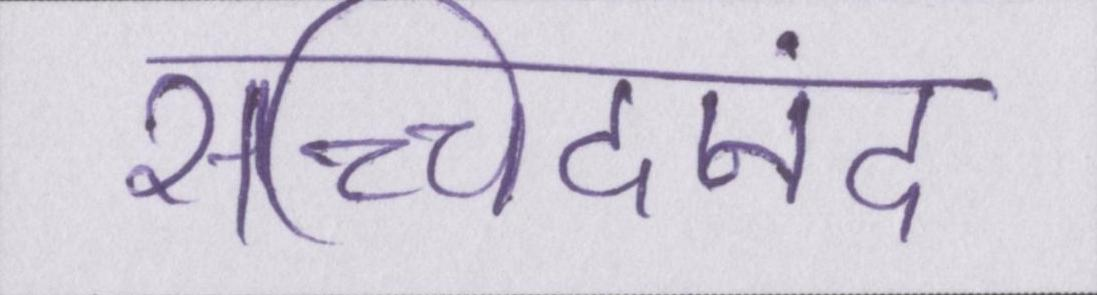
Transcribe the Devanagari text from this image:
सच्चिदानंद